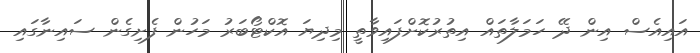
އައިއެސް އިން ދޭ ހަމަލާތައް އިތުރުކޮށްފައިވާތީ މިދިޔަ އޮކްޓޯބަރު މަހުން ފެށިގެން ސައިނާގައި